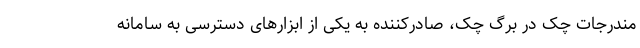
مندرجات چک در برگ چک، صادرکننده به یکی از ابزارهای دسترسی به سامانه